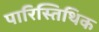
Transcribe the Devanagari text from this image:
पारिस्तिथिक